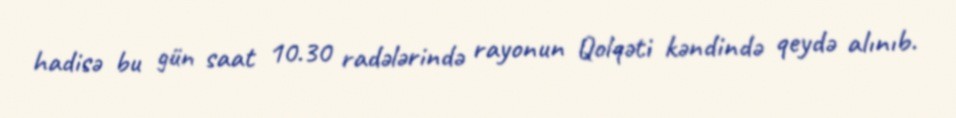
hadisə bu gün saat 10.30 radələrində rayonun Qolqəti kəndində qeydə alınıb.